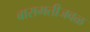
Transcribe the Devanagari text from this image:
बारामतीजवळ